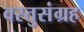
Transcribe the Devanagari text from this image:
वस्तुसंग्रह